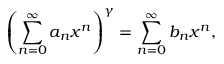
\left( \sum _ { n = 0 } ^ { \infty } a _ { n } x ^ { n } \right) ^ { \gamma } = \sum _ { n = 0 } ^ { \infty } b _ { n } x ^ { n } ,